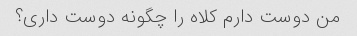
من دوست دارم کلاه را چگونه دوست داری؟